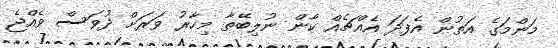
މަންމަގެ އަތުން އެފަދަ އެއްޗެއް ކާން ނުލިބޭތާ މިހާރު ވަރަށް ދުވަސް ވެއްޖެ